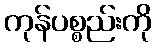
ကုန်ပစ္စည်းကို